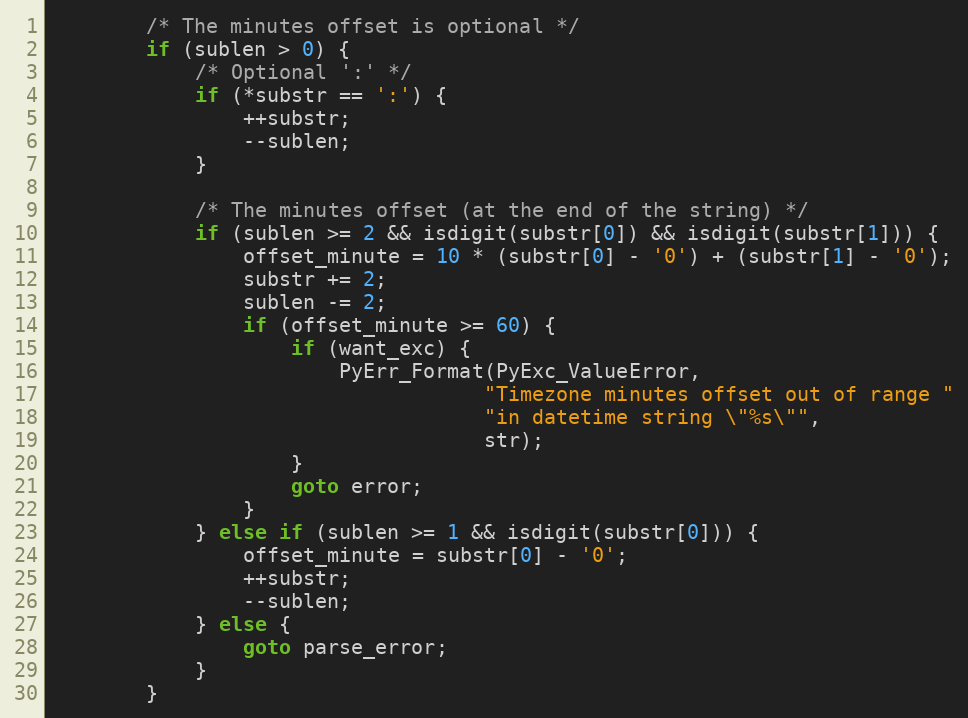
Language: C
        /* The minutes offset is optional */
        if (sublen > 0) {
            /* Optional ':' */
            if (*substr == ':') {
                ++substr;
                --sublen;
            }

            /* The minutes offset (at the end of the string) */
            if (sublen >= 2 && isdigit(substr[0]) && isdigit(substr[1])) {
                offset_minute = 10 * (substr[0] - '0') + (substr[1] - '0');
                substr += 2;
                sublen -= 2;
                if (offset_minute >= 60) {
                    if (want_exc) {
                        PyErr_Format(PyExc_ValueError,
                                    "Timezone minutes offset out of range "
                                    "in datetime string \"%s\"",
                                    str);
                    }
                    goto error;
                }
            } else if (sublen >= 1 && isdigit(substr[0])) {
                offset_minute = substr[0] - '0';
                ++substr;
                --sublen;
            } else {
                goto parse_error;
            }
        }